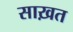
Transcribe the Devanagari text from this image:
साख़त